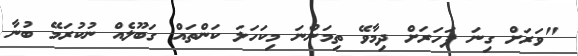
"ވަރަށް ގިނަ ފަހަރަށް ދިމާވޭ ތިމަންނަ މިކަހަލަ ކަންތައް ގަބޫލެއް ނުކުރަމޭ ބުނާ